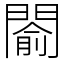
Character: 𨵦